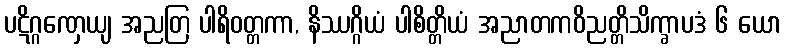
ပဋိဂ္ဂဏှေယျ အညတြ ပါရိဝတ္တကာ, နိဿဂ္ဂိယံ ပါစိတ္တိယံ အညာတကဝိညတ္တိသိက္ခာပဒံ ၆ ယော